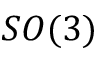
S O ( 3 )